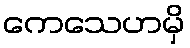
ကေသေဟမှိ